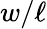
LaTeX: w/\ell